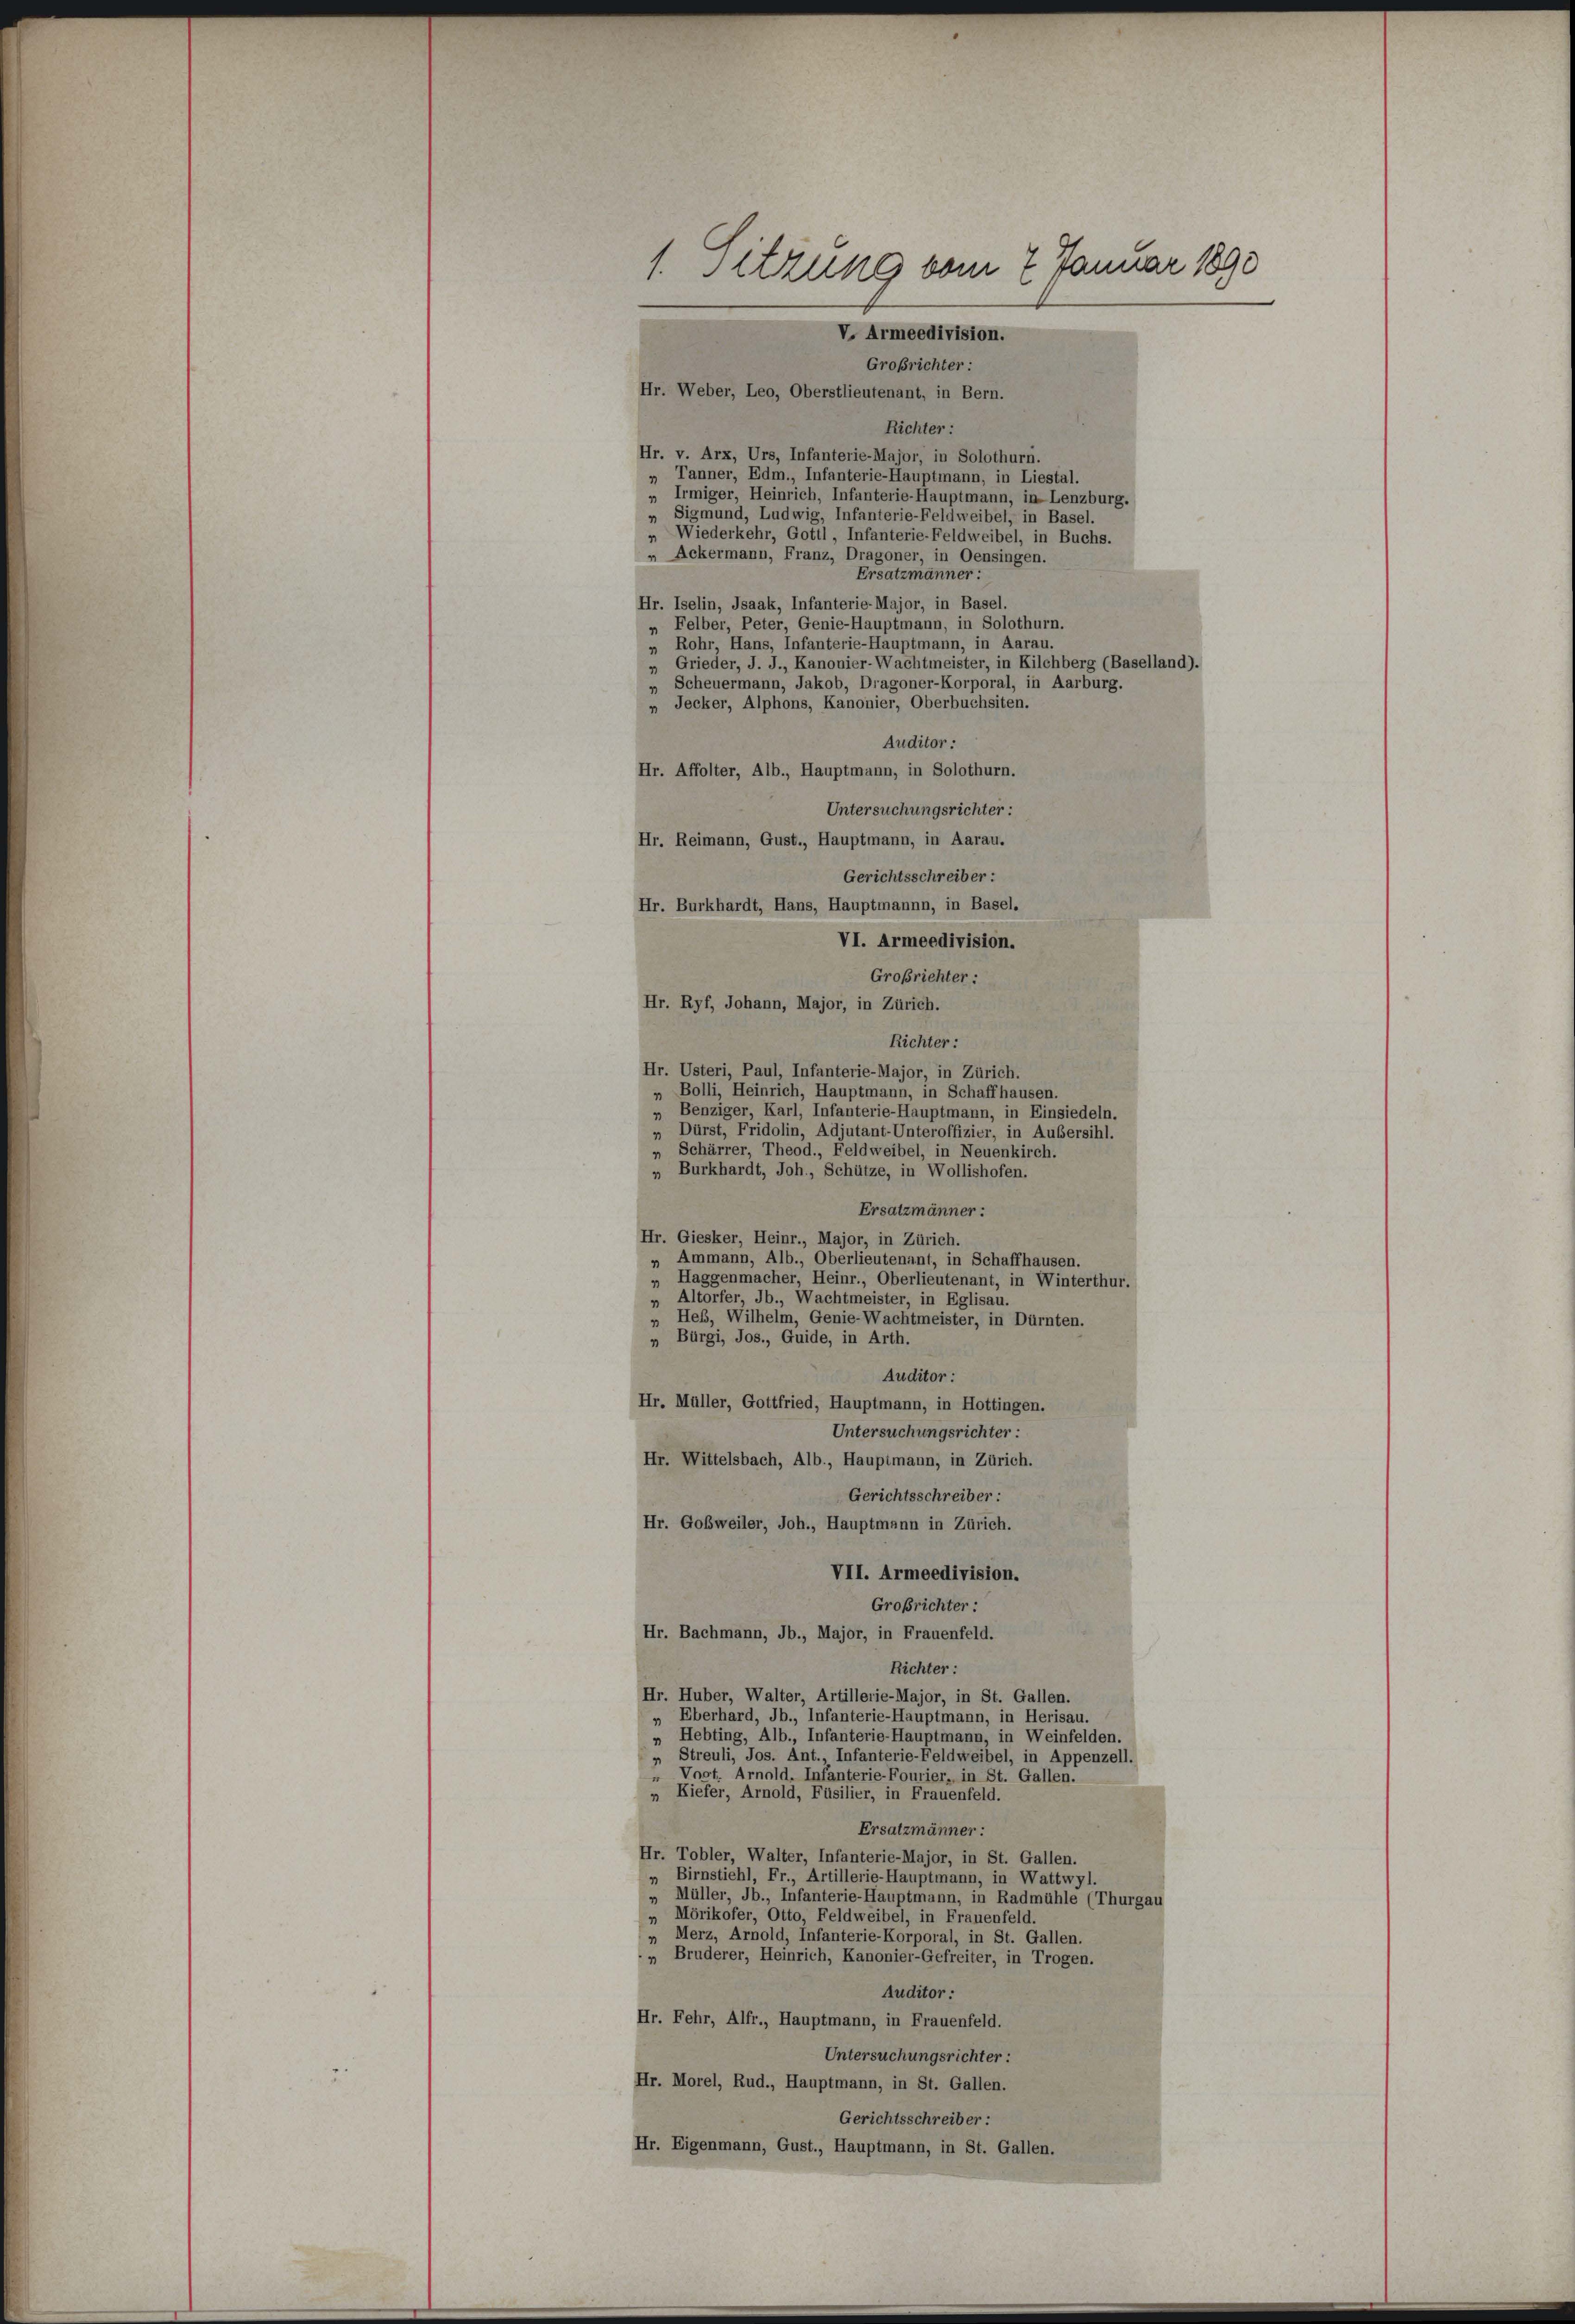
Auditor :
Hr. Affolter, Alb., Hauptmann, in Solothurn.
Untersuchungsrichter:
Hr. Reimann, Gust., Hauptmann, in Aarau.
Gerichtsschreiber:
Hr. Burkhardt, Hans, Hauptmannn, in Basel.
VI. Armeedivision.
Hr. Ryf, Johann, Major, in Zürich.
Hr. Usteri, Paul, Infanterie-Major, in Zürich.

1. Seitung vom 7 Januar 1890
V. Armeedivision.
Großrichter:
Hr. Weber, Leo, Oberstlieutenant, in Bern.

Richter:
Hr. v. Arx, Urs, Infanterie-Major, in Solothurn.
Tanner, Edm., Infanterie-Hauptmann, in Liestal.
11
„ Irmiger, Heinrich, Infanterie-Hauptmann, in Lenzburg.
„ Sigmund, Ludwig, Infanterie-Feldweibel, in Basel.
„ Wiederkehr, Gottl, Infanterie-Feldweibel, in Buchs.
 Ackermann, Franz, Dragoner, in Oensingen.
Ersatzmänner:
Hr. Iselin, Isaak, Infanterie-Major, in Basel,
„ Felber, Peter, Genie-Hauptmann, in Solothurn.
„ Rohr, Hans, Infanterie-Hauptmann, in Aarau.
» Grieder, J. J., Kanonier-Wachtmeister, in Kilchberg (Baselland).
Scheuermann, Jakob, Dragoner-Korporal, in Aarburg.
„ Jecker, Alphons, Kanonier, Oberbuchsiten.
Großrichter:
Richter:
„ Bolli, Heinrich, Hauptmann, in Schaffhausen.
„ Benziger, Karl, Infanterie-Hauptmann, in Einsiedeln.
„ Dürst, Fridolin, Adjutant-Unteroffizier, in Außersihl.
„ Schärrer, Theod., Feldweibel, in Neuenkirch.
„ Burkhardt, Joh., Schütze, in Wollishofen.
Ersatzmänner:
Hr. Giesker, Heinr., Major, in Zürich.
„ Ammann, Alb., Oberlieutenant, in Schaffhausen
Haggenmacher, Heinr., Oberlieutenant, in Winterthur.
 Altorfer, Jb., Wachtmeister, in Eglisau.
Heß, Wilhelm, Genie-Wachtmeister, in Dürnten.
„ Bürgi, Jos., Guide, in Arth.
Auditor :
Hr. Müller, Gottfried, Hauptmann, in Hottingen.
Untersuchungsrichter :
Hr. Wittelsbach, Alb., Hauptmann, in Zürich.
Gerichtsschreiber:
Hr. Goßweiler, Joh., Hauptmann in Zürich.
VII. Armeedivision.
Großrichter:
Hr. Bachmann, Jb., Major, in Frauenfeld.
Richter:
Hr. Huber, Walter, Artillerie-Major, in St. Gallen.
» Eberhard, Jb., Infanterie-Hauptmann, in Herisau.
Hebting, Alb., Infanterie-Hauptmann, in Weinfelden.
Streuli, Jos. Ant., Infanterie-Feldweibel, in Appenzell.
Vogt. Arnold. Infanterie-Fourier, in St. Gallen.
„ Kiefer, Arnold, Füsilier, in Frauenfeld.
Ersatzmänner:
Hr. Tobler, Walter, Infanterie-Major, in St. Gallen.
„ Birnstiehl, Fr., Artillerie-Hauptmann, in Wattwyl,
Müller, Jb., Infanterie-Hauptmann, in Radmühle (Thurgau
„ Mörikofer, Otto, Feldweibel, in Frauenfeld
 Merz, Arnold, Infanterie-Korporal, in St. Gallen.
„ Bruderer, Heinrich, Kanonier-Gefreiter, in Trogen.
Auditor :
Hr. Fehr, Alfr., Hauptmann, in Frauenfeld.
Untersuchungsrichter :
Hr. Morel, Rud., Hauptmann, in St. Gallen.
Gerichtsschreiber:
Hr. Eigenmann, Gust., Hauptmann, in St. Gallen.